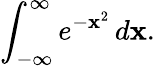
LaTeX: \int_{-\infty}^{\infty}e^{-\mathbf{x}^{2}}\, d\mathbf{x}.